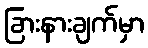
ခြားနားချက်မှာ